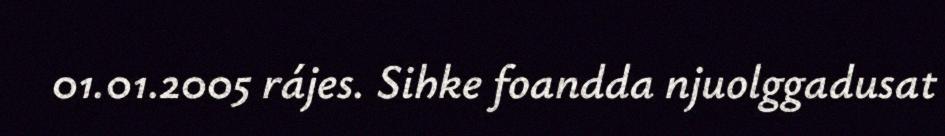
01.01.2005 rájes. Sihke foandda njuolggadusat